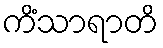
ကိံသာရာတိ